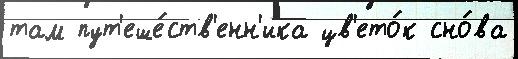
там пут'еше́ств'енн'ика цв'ето́к сно́ва